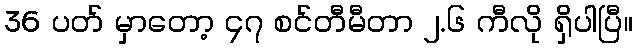
36 ပတ် မှာတော့ ၄၇ စင်တီမီတာ ၂.၆ ကီလို ရှိပါပြီ။